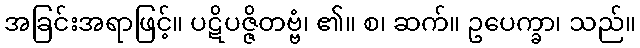
အခြင်းအရာဖြင့်။ ပဋိပဇ္ဇိတဗ္ဗံ၊ ၏။ စ၊ ဆက်။ ဥပေက္ခာ၊ သည်။